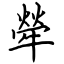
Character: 犖